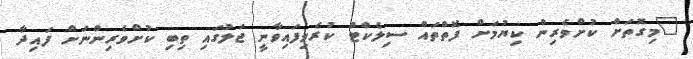
"މިގޮތަށް ކުށްވެރިން ކިޔުމަށް ފޮތްތައް ސިލެކްޓް ކުރެވިފައިވާނީ ޖަލުގައި ތިބި ކުށްވެރިންނަށް ފައިދާ